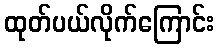
ထုတ်ပယ်လိုက်ကြောင်း